Vaccination in Bombay 1889-1901 - 1889-1901
Year: 1889
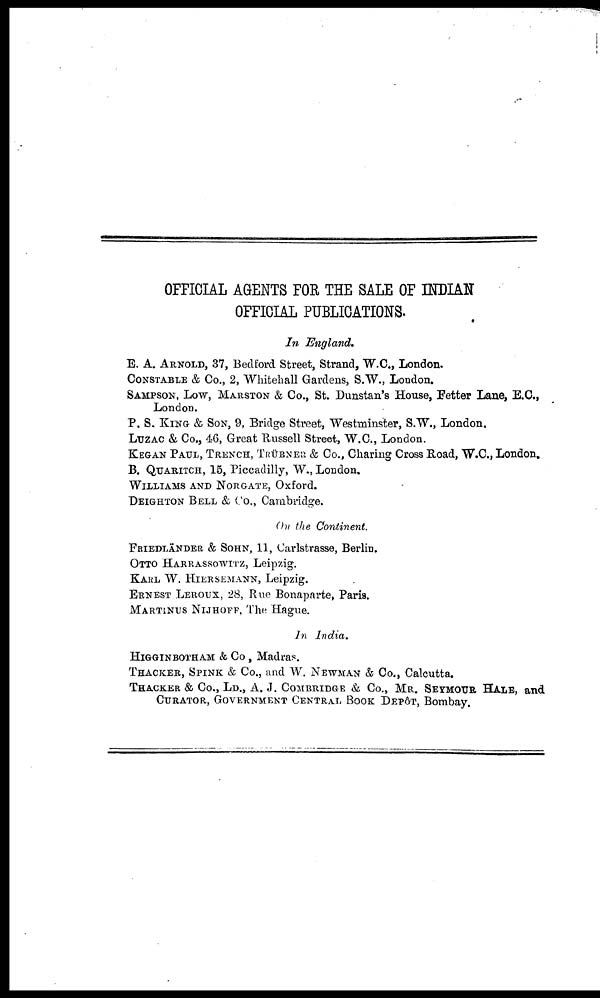
OFFICIAL AGENTS FOR THE SALE OF INDIAN
OFFICIAL PUBLICATIONS.
In England.
E. A. ARNOLD, 37, Bedford Street, Strand, W.C., London.
CONSTABLE & Co., 2, Whitehall Gardens, S.W., London.
SAMPSON, LOW, MARSTON & Co., St. Dunstan's House, Fetter Lane, E.C.,
London.
P. S. KING & SON, 9, Bridge Street, Westminster, S.W., London.
LUZAC & Co., 46, Great Russell Street, W.C., London.
KEGAN PAUL, TRENCH, TRÜBNER & Co., Charing Cross Road, W.C., London.
B. QUARITCH, 15, Piccadilly, W., London.
WILLIAMS AND NORGATE, Oxford.
DEIGHTON BELL & Co., Cambridge.
On the Continent.
FRIEDLÄNDER & SOHN, 11, Carlstrasse, Berlin.
OTTO HARRASSOWITZ, Leipzig.
KARL W. HIERSEMANN, Leipzig.
ERNEST LEROUX, 28, Rue Bonaparte, Paris.
MARTINUS NIJHOFF, The Hague.
In India.
HIGGINBOTHAM & Co , Madras.
THACKER, SPINK & Co., and W. NEWMAN & Co., Calcutta.
THACKER & Co., LD., A. J. COMBRIDGE & Co., MR. SEYMOUR HALE, and
CURATOR, GOVERNMENT CENTRAL BOOK DEPÔT, Bombay.